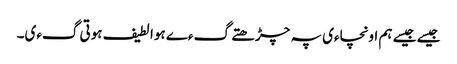
جیسے جیسے ہم اونچاءی پہ چڑھتے گءے ہوا لطیف ہوتی گءی۔